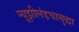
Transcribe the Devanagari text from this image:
न्यूझीलंडचासुद्धा